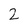
Character: 2